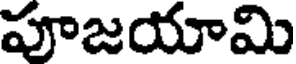
పూజయామి